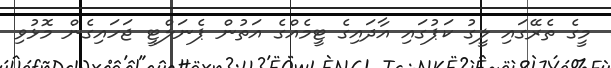
މީގެ ތެރޭގައި ލީގު ކަޕުގައި އާދައިގެ ޓީމެއްގެ އަތުން ޕެނަލްޓީ ޖަހައިގެން މޮޅުވި